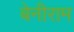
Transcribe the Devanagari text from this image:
बेनीराम